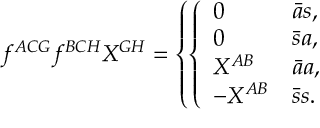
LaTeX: f ^ { A C G } f ^ { B C H } { \cal X } ^ { G H } = \left\{ \left\{ \begin{array} { l l } { { 0 } } & { { { \bar { a } s } , } } \\ { { 0 } } & { { { \bar { s } a } , } } \\ { { { \cal X } ^ { A B } } } & { { { \bar { a } a } , } } \\ { { - { \cal X } ^ { A B } } } & { { { \bar { s } s } . } } \end{array} \right. \right.